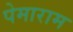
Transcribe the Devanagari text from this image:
पेमाराम